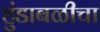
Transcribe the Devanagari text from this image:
हुंडाबळीचा